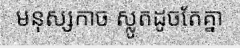
មនុស្សកាច ស្លូតដូចតែគ្នា